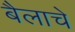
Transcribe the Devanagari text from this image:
बैलाचे